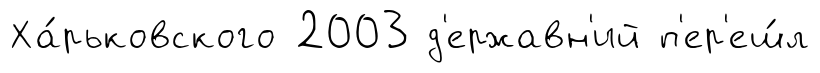
Ха́рьковского 2003 д'ержавн'ий п'ер'еш́л